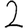
Digit: 2